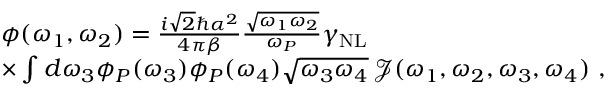
\begin{array} { r l } & { \phi ( \omega _ { 1 } , \omega _ { 2 } ) = \frac { i \sqrt { 2 } \hbar \alpha ^ { 2 } } { 4 \pi \beta } \frac { \sqrt { \omega _ { 1 } \omega _ { 2 } } } { \omega _ { P } } \gamma _ { \mathrm { N L } } } \\ & { \times \int d \omega _ { 3 } \phi _ { P } ( \omega _ { 3 } ) \phi _ { P } ( \omega _ { 4 } ) \sqrt { \omega _ { 3 } \omega _ { 4 } } \, \mathcal { J } ( \omega _ { 1 } , \omega _ { 2 } , \omega _ { 3 } , \omega _ { 4 } ) \ , } \end{array}